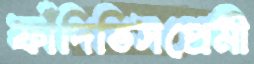
ফাঁদিতিসপ্রেমী